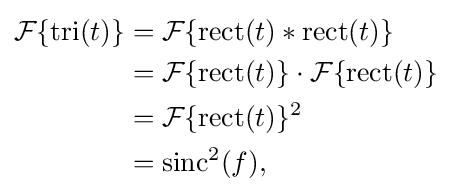
{\begin{aligned}{\mathcal {F}}\{\operatorname {tri} (t)\}&={\mathcal {F}}\{\operatorname {rect} (t)*\operatorname {rect} (t)\}\\&={\mathcal {F}}\{\operatorname {rect} (t)\}\cdot {\mathcal {F}}\{\operatorname {rect} (t)\}\\&={\mathcal {F}}\{\operatorname {rect} (t)\}^{2}\\&=\mathrm {sinc} ^{2}(f),\end{aligned}}